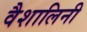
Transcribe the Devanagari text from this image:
वैशालिनी